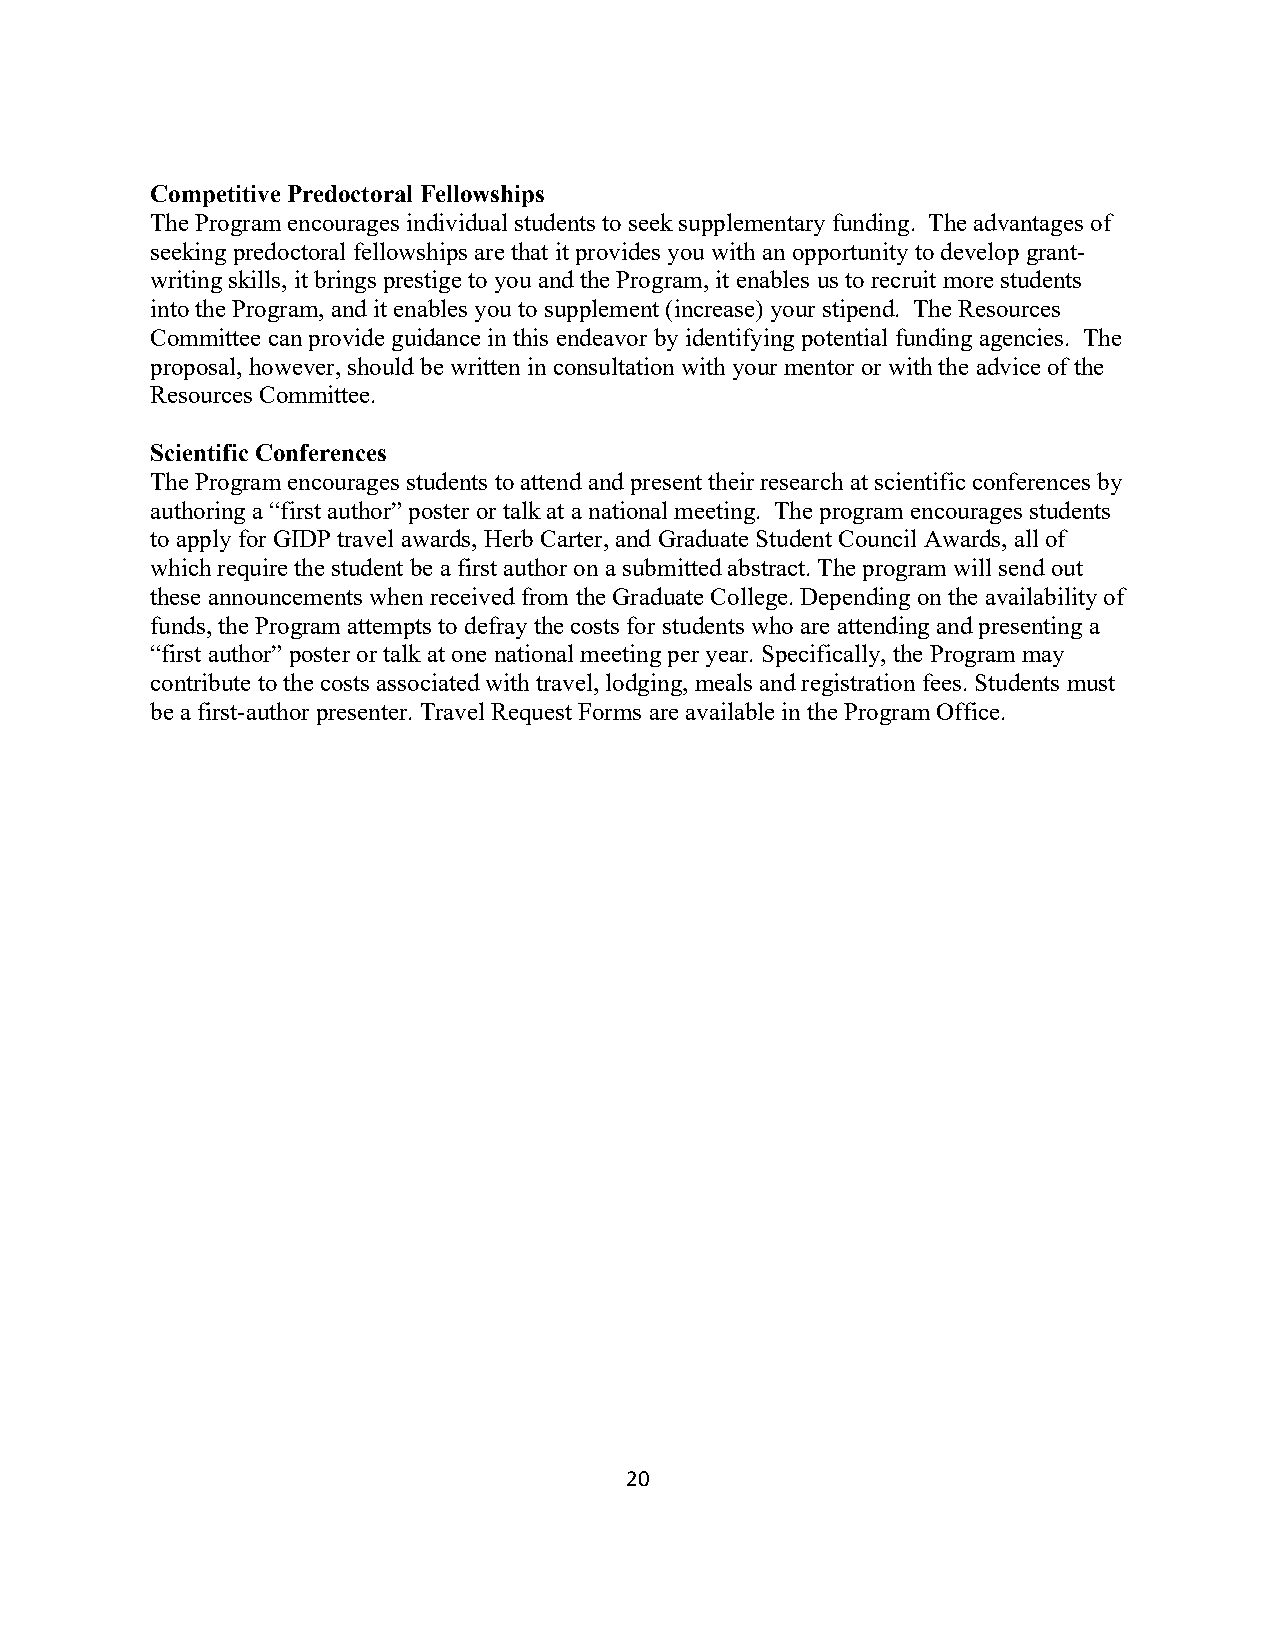
Competitive Predoctoral Fellowships
 The Program encourages individual students to seek supplementary funding. The advantages of
 seeking predoctoral fellowships are that it provides you with an opportunity to develop grant-
 writing skills, it brings prestige to you and the Program, it enables us to recruit more students
 into the Program, and it enables you to supplement (increase) your stipend. The Resources
 Committee can provide guidance in this endeavor by identifying potential funding agencies. The
 proposal, however, should be written in consultation with your mentor or with the advice of the
 Resources Committee.
 Scientific Conferences
 The Program encourages students to attend and present their research at scientific conferences by
 authoring a “first author” poster or talk at a national meeting. The program encourages students
 to apply for GIDP travel awards, Herb Carter, and Graduate Student Council Awards, all of
 which require the student be a first author on a submitted abstract. The program will send out
 these announcements when received from the Graduate College. Depending on the availability of
 funds, the Program attempts to defray the costs for students who are attending and presenting a
 “first author” poster or talk at one national meeting per year. Specifically, the Program may
 contribute to the costs associated with travel, lodging, meals and registration fees. Students must
 be a first-author presenter. Travel Request Forms are available in the Program Office.
 20